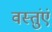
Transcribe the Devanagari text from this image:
वस्तुंएं